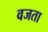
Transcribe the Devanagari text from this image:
वजता